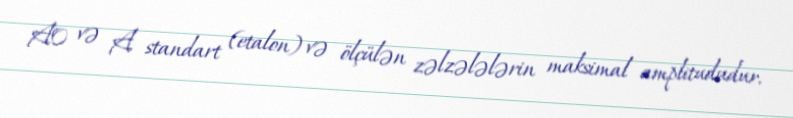
A0 və A standart (etalon) və ölçülən zəlzələlərin maksimal amplitududur.